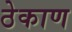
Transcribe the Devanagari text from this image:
ठेकाण